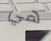
هي